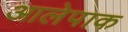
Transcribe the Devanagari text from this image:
आलेपाक